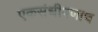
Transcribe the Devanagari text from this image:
एकसंधीपणाच